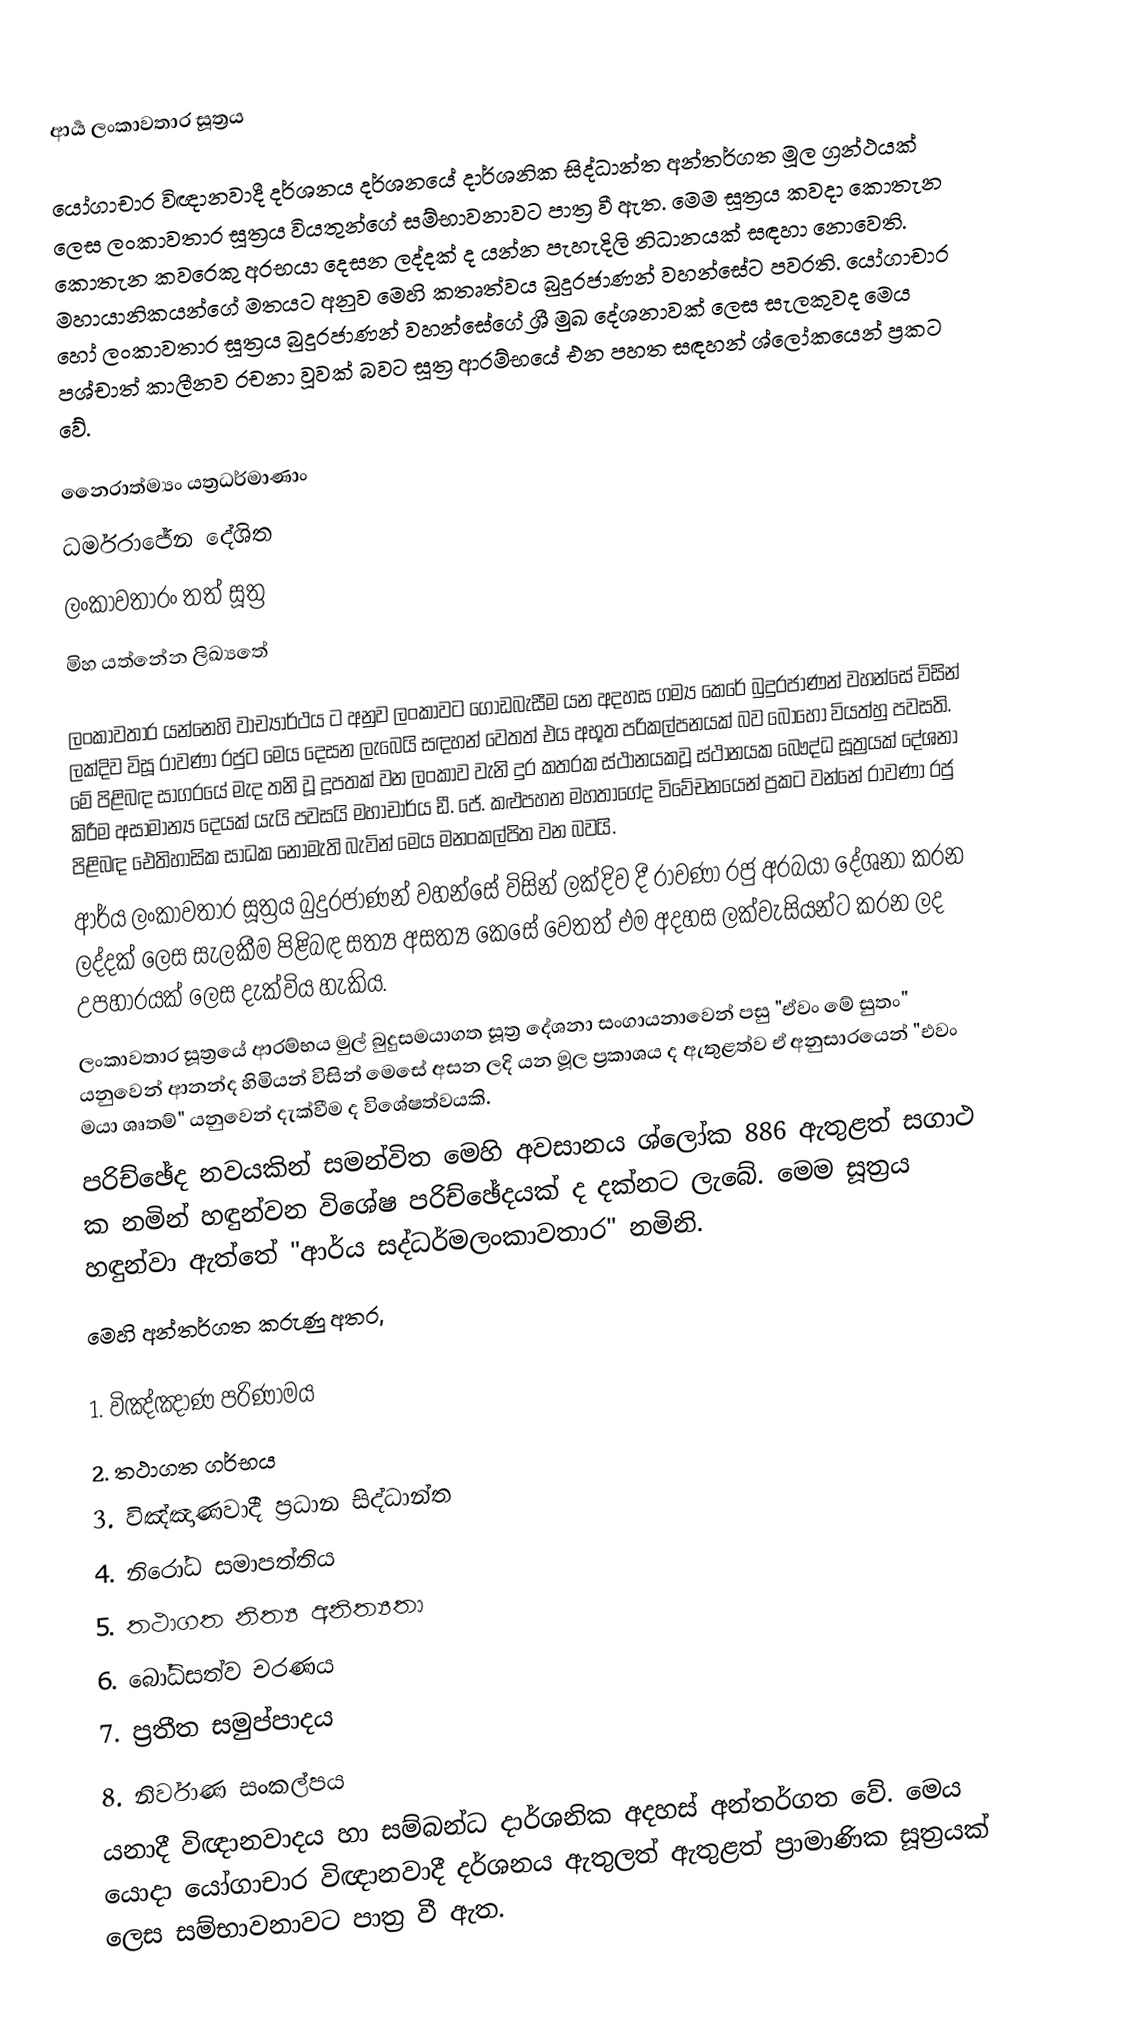
ආර්‍ය ලංකාවතාර සූත්‍රය

යෝගාචාර විඥානවාදී දර්ශනය දර්ශනයේ දාර්ශනික සිද්ධාන්ත අන්තර්ගත මූල ග්‍රන්ථයක් ලෙස ලංකාවතාර සූත්‍රය වියතුන්ගේ සම්භාවනාවට පාත්‍ර වී ඇත. මෙම සූත්‍රය කවදා කොතැන කොතැන කවරෙකු අරභයා දෙසන ලද්දක් ද යන්න පැහැදිලි නිධානයක් සඳහා නොවෙති. මහායානිකයන්ගේ මතයට අනුව මෙහි කතෘත්වය බුදුරජාණන් වහන්සේට පවරති. යෝගාචාර හෝ ලංකාවතාර සූත්‍රය බුදුරජාණන් වහන්සේගේ ශ්‍රී මුඛ දේශනාවක් ලෙස සැලකුවද මෙය පශ්චාත් කාලීනව රචනා වූවක් බවට සූත්‍ර ආරම්භයේ එන පහත සඳහන් ශ්ලෝකයෙන් ප්‍රකට වේ.

නෛරාත්ම්‍යං යත්‍රධර්මාණාං
ධර්මරාජේන දේශිත
ලංකාවතාරං තත් සූත්‍ර
මිහ යත්නේන ලිඛ්‍යතේ

ලංකාවතාර යන්නෙහි වාච්‍යාර්ථය ට අනුව ලංකාවට ගොඩබැසීම යන අදහස ගම්‍ය කෙරේ බුදුරජාණන් වහන්සේ විසින් ලක්දිව විසූ රාවණා රජුට මෙය දෙසන ලැබෙයි සඳහන් වෙතත් එය අභූත පරිකල්පනයක් බව බොහෝ වියත්හු පවසති. මේ පිළිබඳ සාගරයේ මැද තනි වූ දූපතක් වන ලංකාව වැනි දුර කතරක ස්ථානයකවූ ස්ථානයක බෞද්ධ සූත්‍රයක් දේශනා කිරීම අසාමාන්‍ය දෙයක් යැයි පවසයි මහාචාර්ය ඩී. ජේ. කළුපහන මහතාගේද විවේචනයෙන් ප්‍රකට වන්නේ රාවණා රජු පිළිබඳ ඓතිහාසික සාධක නොමැති බැවින් මෙය මනංකල්පිත වන බවයි.
ආර්ය ලංකාවතාර සූත්‍රය බුදුරජාණන් වහන්සේ විසින් ලක්දිව දී රාවණා රජු අරබයා දේශනා කරන ලද්දක් ලෙස සැලකීම පිළිබඳ සත්‍ය අසත්‍ය කෙසේ වෙතත් එම අදහස ලක්වැසියන්ට කරන ලද උපහාරයක් ලෙස දැක්විය හැකිය.
ලංකාවතාර සූත්‍රයේ ආරම්භය මුල් බුදුසමයාගත සූත්‍ර දේශනා සංගායනාවෙන් පසු "ඒවං මේ සුතං" යනුවෙන් ආනන්ද හිමියන් විසින් මෙසේ අසන ලදි යන මූල ප්‍රකාශය ද ඇතුළත්ව ඒ අනුසාරයෙන් "එවං මයා ශෘතම්" යනුවෙන් දැක්වීම ද විශේෂත්වයකි.
පරිච්ඡේද නවයකින් සමන්විත මෙහි අවසානය ශ්ලෝක 886 ඇතුළත් සගාථ ක නමින් හඳුන්වන විශේෂ පරිච්ඡේදයක් ද දක්නට ලැබේ. මෙම සූත්‍රය හඳුන්වා ඇත්තේ "ආර්ය සද්ධර්මලංකාවතාර" නමිනි.
මෙහි අන්තර්ගත කරුණු අතර,

1. විඤ්ඤාණ පරිණාමය
2. තථාගත ගර්භය
3. විඤ්ඤාණවාදී ප්‍රධාන සිද්ධාන්ත
4. නිරෝධ සමාපත්තිය
5. තථාගත නිත්‍ය අනිත්‍යතා
6. බෝධිසත්ව චරණය
7. ප්‍රතීත සමුප්පාදය
8. නිර්වාණ සංකල්පය
යනාදී විඥානවාදය හා සම්බන්ධ දාර්ශනික අදහස් අන්තර්ගත වේ. මෙය යොදා යෝගාචාර විඥානවාදී දර්ශනය ඇතුලත් ඇතුළත් ප්‍රාමාණික සූත්‍රයක් ලෙස සම්භාවනාවට පාත්‍ර වී ඇත.